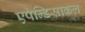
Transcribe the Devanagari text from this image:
एपेन्डिसाकल